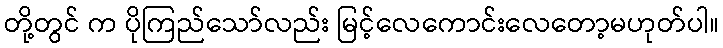
တို့တွင် က ပိုကြည်သော်လည်း မြင့်လေကောင်းလေတော့မဟုတ်ပါ။